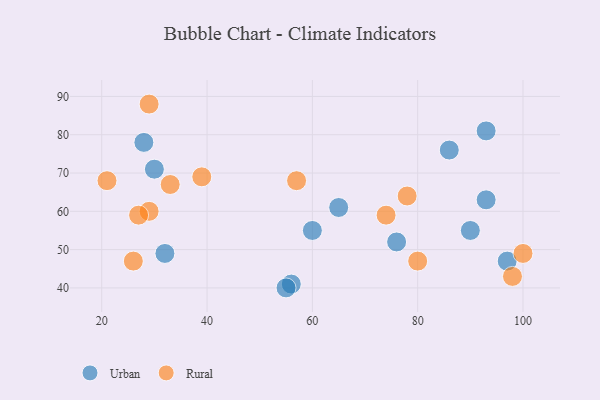
{"axis": {"x": "GDP", "y": "Life Expectancy"}, "legend": ["Rural", "Urban"], "data": [{"x": "28", "y": 78, "type": "Urban"}, {"x": "93", "y": 81, "type": "Urban"}, {"x": "30", "y": 71, "type": "Urban"}, {"x": "86", "y": 76, "type": "Urban"}, {"x": "76", "y": 52, "type": "Urban"}, {"x": "93", "y": 63, "type": "Urban"}, {"x": "90", "y": 55, "type": "Urban"}, {"x": "56", "y": 41, "type": "Urban"}, {"x": "65", "y": 61, "type": "Urban"}, {"x": "55", "y": 40, "type": "Urban"}, {"x": "97", "y": 47, "type": "Urban"}, {"x": "60", "y": 55, "type": "Urban"}, {"x": "32", "y": 49, "type": "Urban"}, {"x": "29", "y": 60, "type": "Rural"}, {"x": "57", "y": 68, "type": "Rural"}, {"x": "29", "y": 88, "type": "Rural"}, {"x": "27", "y": 59, "type": "Rural"}, {"x": "26", "y": 47, "type": "Rural"}, {"x": "100", "y": 49, "type": "Rural"}, {"x": "80", "y": 47, "type": "Rural"}, {"x": "74", "y": 59, "type": "Rural"}, {"x": "39", "y": 69, "type": "Rural"}, {"x": "33", "y": 67, "type": "Rural"}, {"x": "98", "y": 43, "type": "Rural"}, {"x": "21", "y": 68, "type": "Rural"}, {"x": "78", "y": 64, "type": "Rural"}]}